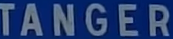
TANGER